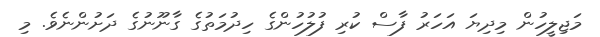
މަޖިލީހުން މިދިޔަ އަހަރު ފާސް ކުރި ފުލުހުންގެ ހިދުމަތުގެ ގާނޫނުގެ ދަށުންނެވެ. މި